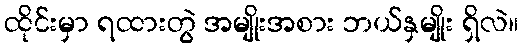
ထိုင်းမှာ ရထားတွဲ အမျိုးအစား ဘယ်နှမျိုး ရှိလဲ။